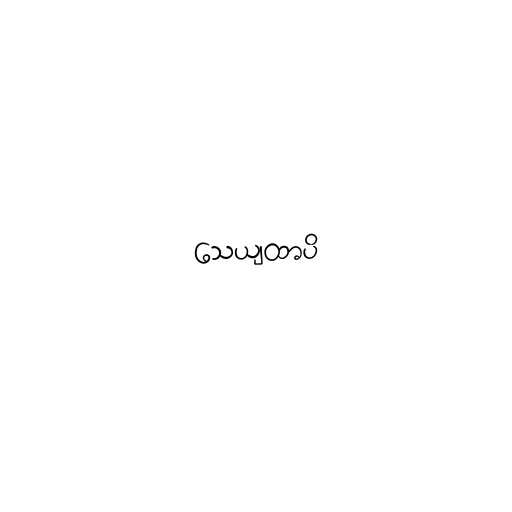
သေယျထာပိ